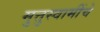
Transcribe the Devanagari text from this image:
मुत्तुस्वामींचे